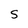
Character: S